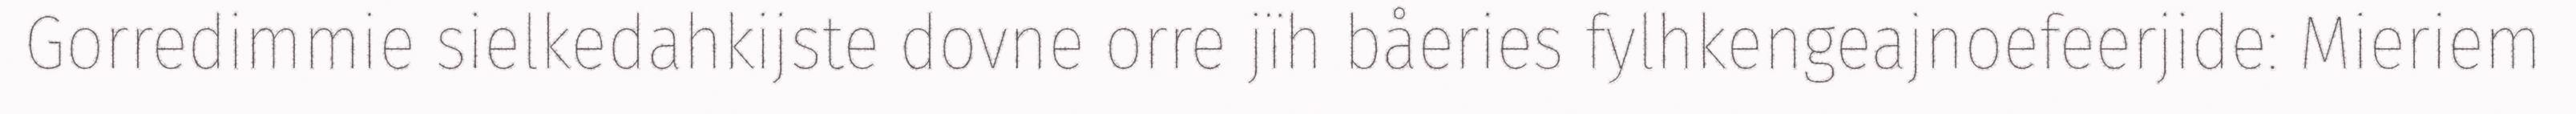
Gorredimmie sielkedahkijste dovne orre jïh båeries fylhkengeajnoefeerjide: Mieriem